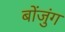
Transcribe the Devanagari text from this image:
बोंजुंग